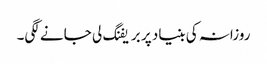
روزانہ کی بنیاد پر بریفنگ لی جانے لگی۔